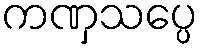
ကဏှသပ္ပေ